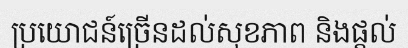
ប្រយោជន៍ច្រើនដល់សុខភាព និងផ្តល់